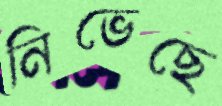
নিভেছে